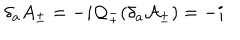
LaTeX: \delta _ { a } A _ { \pm } = - i \mathcal { Q } _ { \pm } ( \delta _ { a } \mathcal { A } _ { \pm } ) = - i